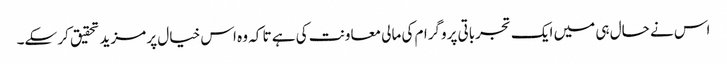
اس نے حال ہی میں ایک تجرباتی پروگرام کی مالی معاونت کی ہے تا کہ وہ اس خیال پر مزید تحقیق کر سکے۔